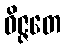
ဝိဇ္ဇတေ